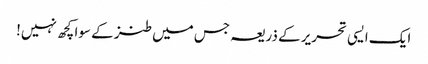
ایک ایسی تحریر کے ذریعہ جس میں طنز کے سوا کچھ نہیں!